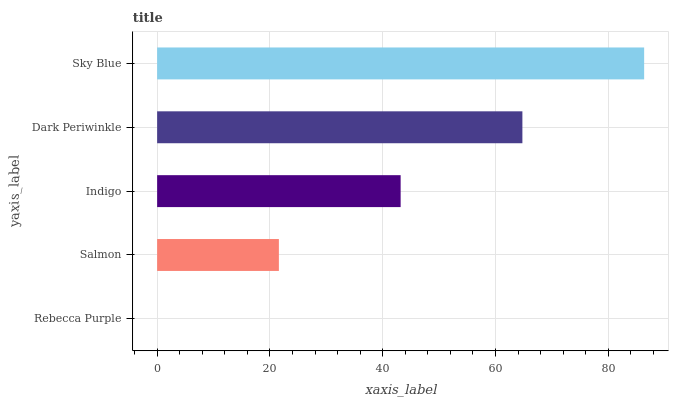
| yaxis_label | bars |
 | --- | --- |
 | Rebecca Purple | 0 |
 | Salmon | 21.6 |
 | Indigo | 43.2 |
 | Dark Periwinkle | 64.8 |
 | Sky Blue | 86.4 |